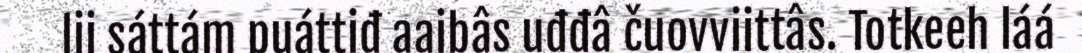
lii sáttám puáttiđ aaibâs uđđâ čuovviittâs. Totkeeh láá